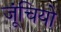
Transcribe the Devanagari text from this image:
जूंचियो